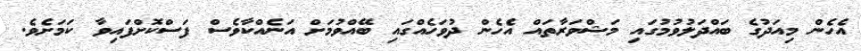
އެހެން މިއަދުގެ ބައްދަލުވުމުގައި މަޝްވަރާތައް އެހެން ދުވަހެއްގައި ބޭއްވުމަށް އަނެއްކާވެސް ފަސްކޮށްފައިވާ ކަމަށެވެ.